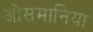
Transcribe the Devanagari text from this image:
ओसमानिया